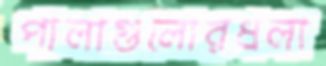
পালাগুলোরধলা